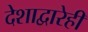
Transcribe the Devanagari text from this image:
देशाद्वारेही